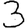
Digit: 3